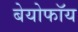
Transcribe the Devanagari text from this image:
बेयोफॉय